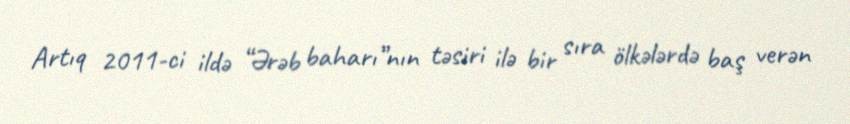
Artıq 2011-ci ildə “Ərəb baharı”nın təsiri ilə bir sıra ölkələrdə baş verən